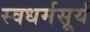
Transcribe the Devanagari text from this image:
स्वधर्मसूर्य